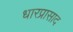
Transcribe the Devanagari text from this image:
धारप्रासाद